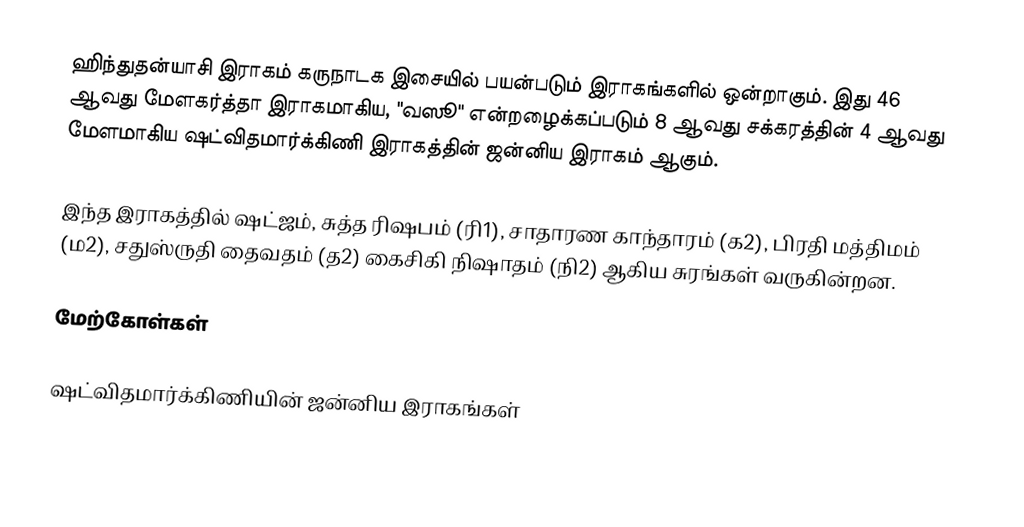
ஹிந்துதன்யாசி இராகம் கருநாடக இசையில் பயன்படும் இராகங்களில் ஒன்றாகும். இது 46 ஆவது மேளகர்த்தா இராகமாகிய, "வஸூ" என்றழைக்கப்படும் 8 ஆவது சக்கரத்தின் 4 ஆவது மேளமாகிய ஷட்விதமார்க்கிணி இராகத்தின் ஜன்னிய இராகம் ஆகும்.

இந்த இராகத்தில் ஷட்ஜம், சுத்த ரிஷபம் (ரி1),  சாதாரண காந்தாரம் (க2), பிரதி மத்திமம் (ம2), சதுஸ்ருதி தைவதம் (த2) கைசிகி நிஷாதம்  (நி2) ஆகிய சுரங்கள் வருகின்றன.

மேற்கோள்கள்

ஷட்விதமார்க்கிணியின் ஜன்னிய இராகங்கள்